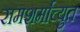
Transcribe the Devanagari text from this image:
रामशर्माच्युत